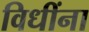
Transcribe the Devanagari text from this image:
विधींना